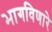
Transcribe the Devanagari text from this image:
भागविणारे